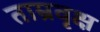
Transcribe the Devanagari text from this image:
ताम्रवृक्ष